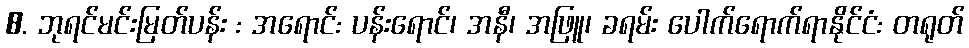
8. ဘုရင်မင်းမြတ်ပန်း : အရောင်: ပန်းရောင်၊ အနီ၊ အဖြူ၊ ခရမ်း ပေါက်ရောက်ရာနိုင်ငံ: တရုတ်